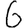
Digit: 6